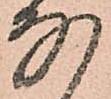
な